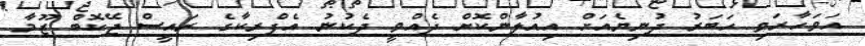
އަވަހާރަވި ހަބަރު ދުނިޔެއަށް އިއުލާންކޮށް ދެއްވީ ދެކުނު އެފްރިކާގެ ރައީސް ޖޭކޮބް ޒޫމާ